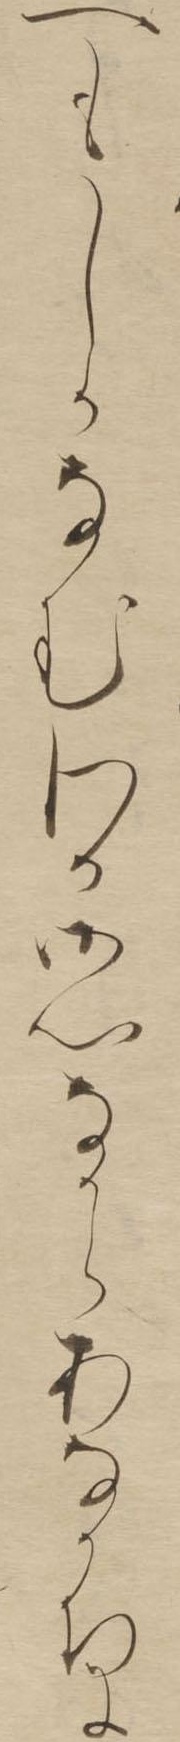
へもしかなむわか御心なからあなかちに